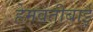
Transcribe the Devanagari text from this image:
हेमवतीबाई